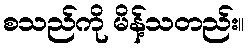
စသည်ကို မိန့်သတည်း။